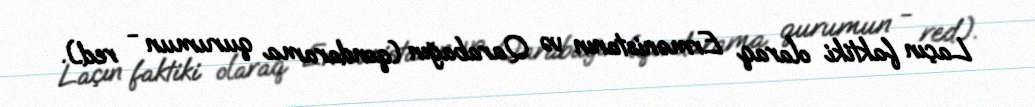
Laçın faktiki olaraq Ermənistanın və Qarabağın (qondarama qurumun - red.).